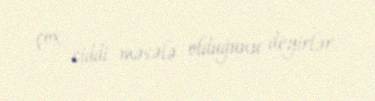
çox ciddi məsələ olduğunu deyirlər.